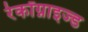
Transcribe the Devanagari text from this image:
रेकॉग्नाइज्ड